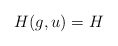
\begin{align*} H (g, u) = H\end{align*}